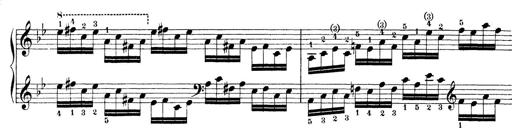
Title: Technische Studien
Composer: Franz Liszt